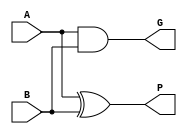
`timescale 1ns / 1ps
//////////////////////////////////////////////////////////////////////////////////
// Company: 
// Engineer: 
// 
// Design Name: MAC Unit
// Module Name: ksa
// Project Name: 
// Target Devices: 
// Tool Versions: 
// Description: 
// 
// Dependencies: 
// 
// Revision:
// Revision 0.01 - File Created
// Additional Comments:
// 
//////////////////////////////////////////////////////////////////////////////////



module square(
    input A,
    input B,
    output P,
    output G
);
	
	xor xor0 (P, A, B);
	and and0 (G, A, B);
	
endmodule


module bigCircle(
    input Pi,
    input Gi,
    input Pprev,
    input Gprev,
    output P,
    output G
);
	
	wire w;
	
	and and0 (P, Pi, Pprev);
	and and1 (w, Pi, Gprev);
	or or0 (G, Gi, w);
	
endmodule


module smallCircle(
    input Gi,
    output Ci
);
	
	buf buf0 (Ci, Gi);
	
endmodule


module triangle(
    input Pi,
    input Cprev,
    output Si
);
	
	xor xor0 (Si, Pi, Cprev);
	
endmodule


module ksa(
    input [47:0] A,
    input [47:0] B,
    output [48:0] S
);

    wire Cin = 1'b0;
    wire [47:0] C;
    wire [47:0] P1, G1;
    square sq[47:0](A[47:0], B[47:0], P1[47:0], G1[47:0]);

    wire [47:1] P2, G2;
    smallCircle sC0(G1[0], C[0]);
    bigCircle bC0[47:1](P1[47:1], G1[47:1], P1[46:0], G1[46:0], P2[47:1], G2[47:1]);

    wire [47:3] P3, G3;
    smallCircle sC[2:1](G2[2:1], C[2:1]);
    bigCircle bC[47:3](P2[47:3], G2[47:3], P2[45:1], G2[45:1], P3[47:3], G3[47:3]);

    wire [47:7] P4, G4;
    smallCircle sC2[6:3](G3[6:3], C[6:3]);
    bigCircle bC2[47:7](P3[47:7], G3[47:7], P3[43:3], G3[43:3], P4[47:7], G4[47:7]);

    wire [47:15] P5, G5;
    smallCircle sC3[14:7](G4[14:7], C[14:7]);
    bigCircle bC3[47:15](P4[47:15], G4[47:15], P4[39:7], G4[39:7], P5[47:15], G5[47:15]);  

    wire [47:31] P6, G6;
    smallCircle sC4[30:15](G5[30:15], C[30:15]);
    bigCircle bC4[47:31](P5[47:31], G5[47:31], P5[15], G5[15], P6[47:31], G6[47:31]);

    wire [47:47] P7, G7;
    smallCircle sC5[46:31](G6[46:31], C[46:31]);
    bigCircle bC5[47:47](P6[47], G6[47], P6[31], G6[31], P7[47], G7[47]);

    smallCircle sC6(G7[47], C[47]);

    triangle t0(P1[0], Cin, S[0]);
    triangle t1[47:1](P1[47:1], C[46:0], S[47:1]);

    smallCircle sC8(C[47], S[48]);

endmodule